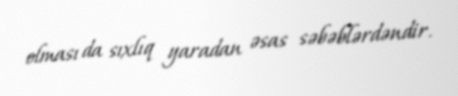
olması da sıxlıq yaradan əsas səbəblərdəndir.